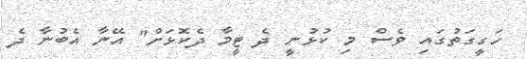
ހަގީގަތުގައި ވެސް މި ކުޅުނީ ދެ ޓީމާ ދެކޮޅަށް" އޭނާ އެބުނާ ދެ